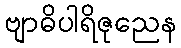
ဗျာဓိပါရိဇုညေန